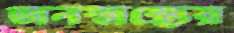
জনস্বাস্থ্যের